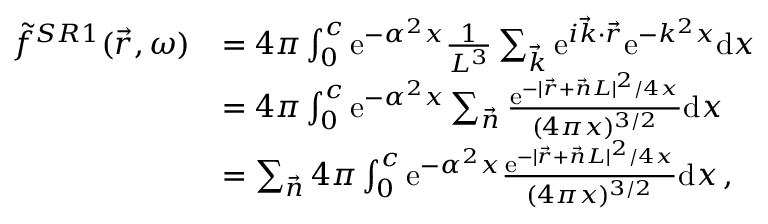
\begin{array} { r l } { \Tilde { f } ^ { S R 1 } ( \vec { r } , \omega ) } & { = 4 \pi \int _ { 0 } ^ { c } \mathrm { e } ^ { - \alpha ^ { 2 } x } \frac { 1 } { L ^ { 3 } } \sum _ { \vec { k } } \mathrm { e } ^ { i \vec { k } \cdot \vec { r } } \mathrm { e } ^ { - k ^ { 2 } x } \mathrm { d } x } \\ & { = 4 \pi \int _ { 0 } ^ { c } \mathrm { e } ^ { - \alpha ^ { 2 } x } \sum _ { \vec { n } } \frac { \mathrm { e } ^ { - \vert \vec { r } + \vec { n } L \vert ^ { 2 } / 4 x } } { ( 4 \pi x ) ^ { 3 / 2 } } \mathrm { d } x } \\ & { = \sum _ { \vec { n } } 4 \pi \int _ { 0 } ^ { c } \mathrm { e } ^ { - \alpha ^ { 2 } x } \frac { \mathrm { e } ^ { - \vert \vec { r } + \vec { n } L \vert ^ { 2 } / 4 x } } { ( 4 \pi x ) ^ { 3 / 2 } } \mathrm { d } x \, , } \end{array}